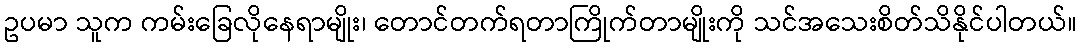
ဥပမာ သူက ကမ်းခြေလိုနေရာမျိုး၊ တောင်တက်ရတာကြိုက်တာမျိုးကို သင်အသေးစိတ်သိနိုင်ပါတယ်။